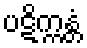
ပဋိက္ကန္တံ